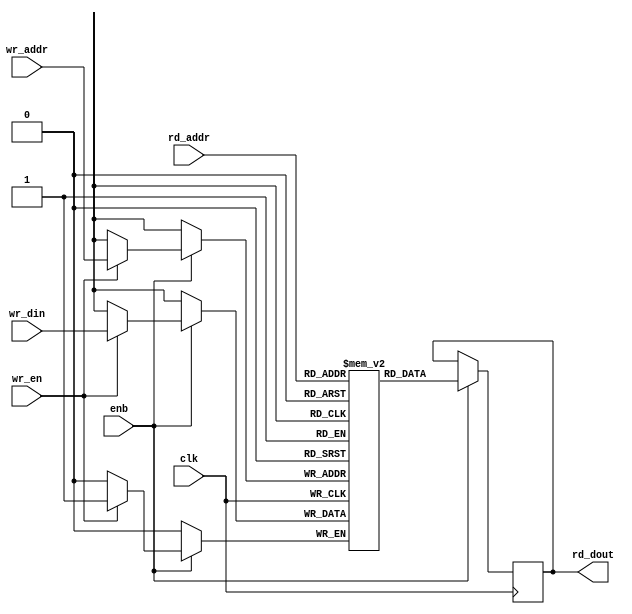
// -------------------------------------------------------------
// 
// 
// Generated by MATLAB 9.14 and HDL Coder 4.1
// 
// -------------------------------------------------------------


// -------------------------------------------------------------
// 
// Module: SimpleDualPortRAM_generic
// Source Path: EdgeDetectionAndOverlayHDL/Pixel-Stream HDL Model/Pixel Stream Aligner/SimpleDualPortRAM_generic
// Hierarchy Level: 2
// 
// -------------------------------------------------------------

`timescale 1 ns / 1 ns

module SimpleDualPortRAM_generic
          (clk,
           enb,
           wr_din,
           wr_addr,
           wr_en,
           rd_addr,
           rd_dout);

  parameter integer AddrWidth  = 1;
  parameter integer DataWidth  = 1;

  input   clk;
  input   enb;
  input   [DataWidth - 1:0] wr_din;  // parameterized width
  input   [AddrWidth - 1:0] wr_addr;  // parameterized width
  input   wr_en;  // ufix1
  input   [AddrWidth - 1:0] rd_addr;  // parameterized width
  output  [DataWidth - 1:0] rd_dout;  // parameterized width


  reg  [DataWidth - 1:0] ram [2**AddrWidth - 1:0];
  reg  [DataWidth - 1:0] data_int;
  integer i;

  initial begin
    for (i=0; i<=2**AddrWidth - 1; i=i+1) begin
      ram[i] = 0;
    end
    data_int = 0;
  end


  always @(posedge clk)
    begin : SimpleDualPortRAM_generic_process
      if (enb == 1'b1) begin
        if (wr_en == 1'b1) begin
          ram[wr_addr] <= wr_din;
        end
        data_int <= ram[rd_addr];
      end
    end

  assign rd_dout = data_int;

endmodule  // SimpleDualPortRAM_generic